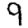
Digit: 9